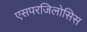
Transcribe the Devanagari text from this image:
एसपरजिलोसिस